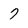
Character: 7